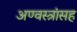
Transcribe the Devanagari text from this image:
अण्वस्त्रांसह